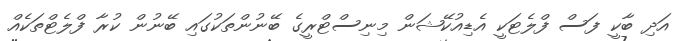
އަދި ބާކީ ފަސް ފްލެޓަކީ އެޑިއުކޭޝަން މިނިސްޓްރީގެ ބޭނުންތަކުގައި ބޭނުން ކުރާ ފްލެޓްތަކެއް